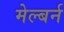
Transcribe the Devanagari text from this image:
मेल्बर्न